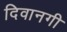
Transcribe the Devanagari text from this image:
दिवानगी